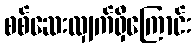
စစ်ဆေးလျှက်ရှိကြောင်း